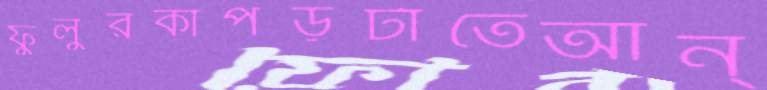
ফুলুরকাপড়টাতেআন্